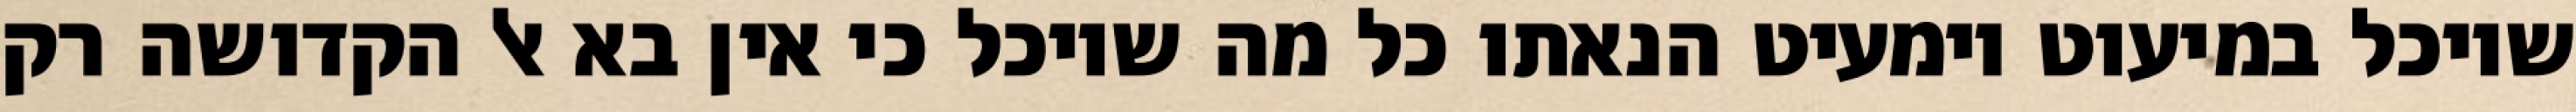
שיוכל במיעוט וימעיט הנאתו כל מה שיוכל כי אין בא אל הקדושה רק